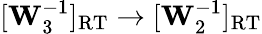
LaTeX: [\mathbf{W}_{3}^{-1}]_{\mathrm{RT}}\rightarrow[\mathbf{W}_{2}^{-1}]_{\mathrm{RT}}